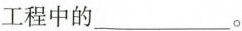
工程中的___。